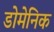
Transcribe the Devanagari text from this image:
डोमेनिक